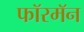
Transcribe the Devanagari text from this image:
फॉरमॅन